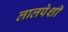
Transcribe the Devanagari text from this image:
लालपेशी